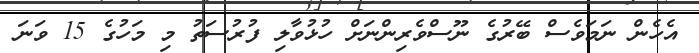
އެހެން ނަމަވެސް ބޭރުގެ ނޫސްވެރިންނަށް ހުޅުވާލި ފުރުސަތު މި މަހުގެ 15 ވަނަ